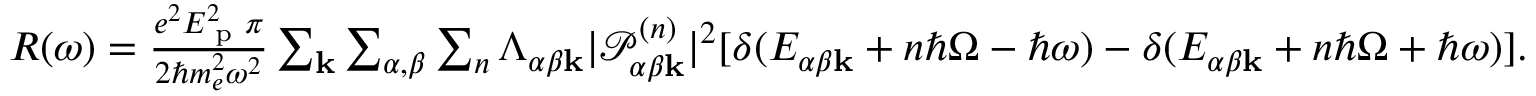
\begin{array} { r l } & { R ( \omega ) = \frac { e ^ { 2 } E _ { \textrm { p } } ^ { 2 } \pi } { 2 \hbar m _ { e } ^ { 2 } \omega ^ { 2 } } \sum _ { \mathbf { k } } \sum _ { \alpha , \beta } \sum _ { n } \Lambda _ { \alpha \beta \mathbf { k } } | \mathcal { P } _ { \alpha \beta \mathbf { k } } ^ { ( n ) } | ^ { 2 } [ \delta ( E _ { \alpha \beta \mathbf { k } } + n \hbar \Omega - \hbar \omega ) - \delta ( E _ { \alpha \beta \mathbf { k } } + n \hbar \Omega + \hbar \omega ) ] . } \end{array}